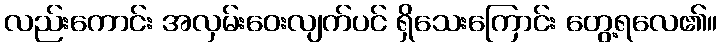
လည်းကောင်း အလှမ်းဝေးလျက်ပင် ရှိသေးကြောင်း တွေ့ရလေ၏။